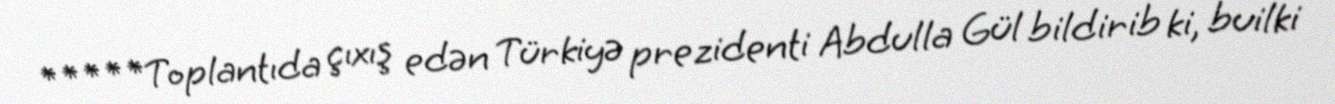
*****Toplantıda çıxış edən Türkiyə prezidenti Abdulla Gül bildirib ki, builki